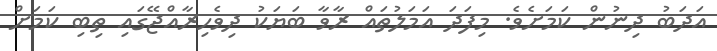
އަދަބު ދިނުން ކަމަށެވެ. މިފަދަ އަމަލުތައް ރާވާ ބަޔަކު ދިވެހިރާއްޖޭގައި ތިބި ކަަމަށް